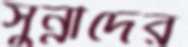
সুন্নীদের